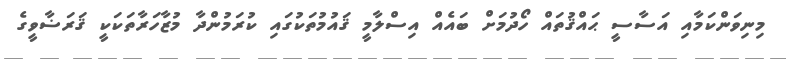
މިނިވަންކަމާއި އަސާސީ ޙައްޤުތައް ހޯދުމަށް ބައެއް އިސްލާމީ ޤައުމުތަކުގައި ކުރަމުންދާ މުޒާހަރާތަކަކީ ޤަރަޟާވީގެ